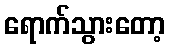
ရောက်သွားတော့